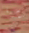
نخرجها